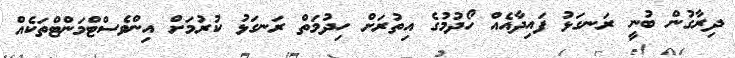
ދިރާގުން ބުނީ ރަނގަޅު ފައިދާއެއް ހޯދުމުގެ އިތުރަށް ހިދުމަތް ރަނގަޅު ކުރުމަށް އިންވެސްޓްމަންޓްތަކެއް